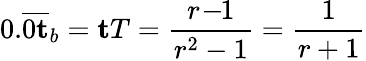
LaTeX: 0.{\overline{{0\mathbf{t}}}}_{b}=\mathbf{t}T={\frac{r\! -\! \! 1}{r^{2}-1}}={\frac{1}{r+1}}